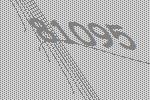
81095